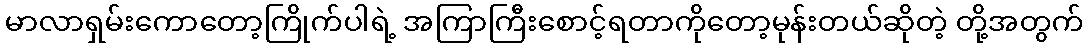
မာလာရှမ်းကောတော့ကြိုက်ပါရဲ့ အကြာကြီးစောင့်ရတာကိုတော့မုန်းတယ်ဆိုတဲ့ တို့အတွက်